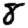
Digit: 8